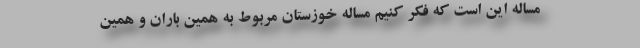
مساله اين است كه فكر كنيم مساله خوزستان مربوط به همين باران و همين